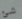
شئ